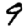
Digit: 9